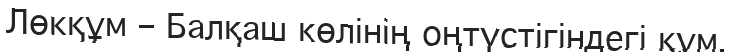
Лөкқұм – Балқаш көлінің оңтүстігіндегі құм.